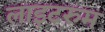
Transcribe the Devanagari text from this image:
लाइटरुम